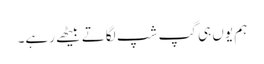
ہم یوں ہی گپ شپ لگاتے بیٹھے رہے۔